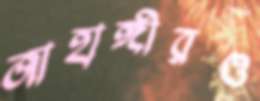
জাহাঙ্গীরও